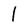
Character: 1